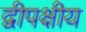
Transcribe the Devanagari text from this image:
द्वीपक्षीय